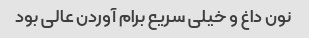
نون داغ و خیلی سریع برام آوردن عالی بود